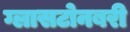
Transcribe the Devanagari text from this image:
ग्लासटोनबरी